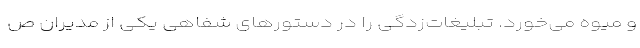
و میوه می‌خورد. تبلیغات‌زدگی را در دستورهای شفاهی یکی از مدیران ص